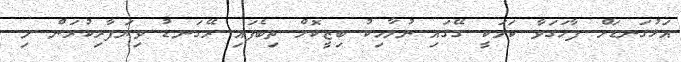
އަޅުގަނޑަށް ފާހަގަވާ ކަމަކީ ގޭގައި ނުލާހިކު ބިޒީކޮށް ތިބެފައި ރޭގަނޑު ވިޔަފާރިކުރަން މި